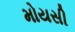
મોયસી